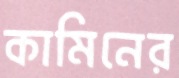
কামিনের